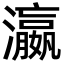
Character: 瀛